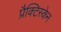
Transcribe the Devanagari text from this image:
प्रैक्टिस्केन